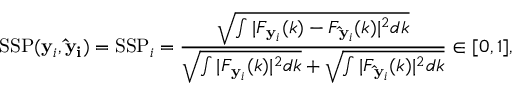
\mathrm { S S P } ( \mathbf { y } _ { i } , \mathbf { \hat { y } _ { i } } ) = \mathrm { S S P } _ { i } = \frac { \sqrt { \int | F _ { \mathbf { y } _ { i } } ( k ) - F _ { \mathbf { \hat { y } } _ { i } } ( k ) | ^ { 2 } d k } } { \sqrt { \int | F _ { \mathbf { y } _ { i } } ( k ) | ^ { 2 } d k } + \sqrt { \int | F _ { \mathbf { \hat { y } } _ { i } } ( k ) | ^ { 2 } d k } } \in [ 0 , 1 ] ,